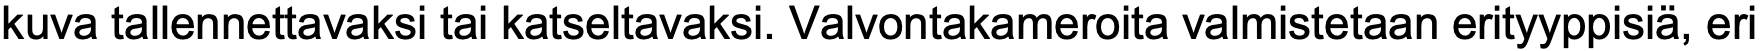
kuva tallennettavaksi tai katseltavaksi. Valvontakameroita valmistetaan erityyppisiä, eri